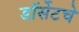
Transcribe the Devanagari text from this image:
डॉर्सेटचे